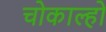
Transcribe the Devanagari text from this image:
चोकाल्हो